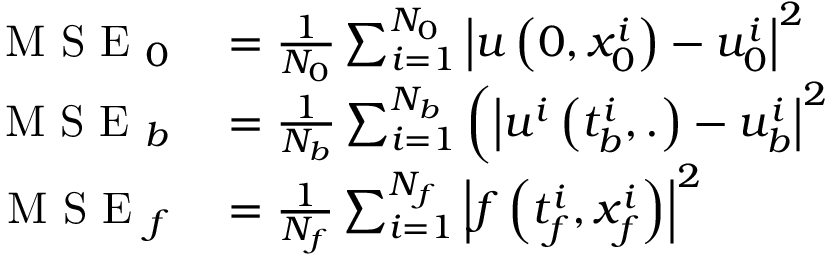
\begin{array} { r l } { \mathrm { ~ M ~ S ~ E ~ } _ { 0 } } & { { } = \frac { 1 } { N _ { 0 } } \sum _ { i = 1 } ^ { N _ { 0 } } \left| u \left( 0 , x _ { 0 } ^ { i } \right) - u _ { 0 } ^ { i } \right| ^ { 2 } } \\ { \mathrm { ~ M ~ S ~ E ~ } _ { b } } & { { } = \frac { 1 } { N _ { b } } \sum _ { i = 1 } ^ { N _ { b } } \left( \left| u ^ { i } \left( t _ { b } ^ { i } , . \right) - u _ { b } ^ { i } \right| ^ { 2 } \right. } \\ { \mathrm { ~ M ~ S ~ E ~ } _ { f } } & { { } = \frac { 1 } { N _ { f } } \sum _ { i = 1 } ^ { N _ { f } } \left| f \left( t _ { f } ^ { i } , x _ { f } ^ { i } \right) \right| ^ { 2 } } \end{array}